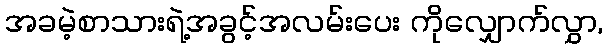
အခမဲ့စာသားရဲ့အခွင့်အလမ်းပေး ကိုလျှောက်လွှာ,